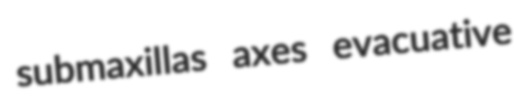
submaxillas axes evacuative